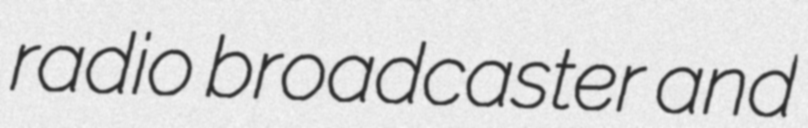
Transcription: radio broadcaster and